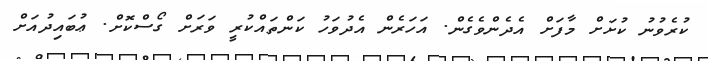
ކުރެވުނު ކުށަށް މާފަށް އެދެންވެގެން. އަހަރެން އެދުވަހު ކަންތައްކުރީ ވަރަށް ގޯސްކޮށް. ޢުބައިދުއަށް